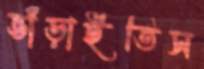
ভাঁড়াইতিস